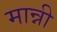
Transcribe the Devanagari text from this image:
मान्नी